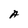
Character: A